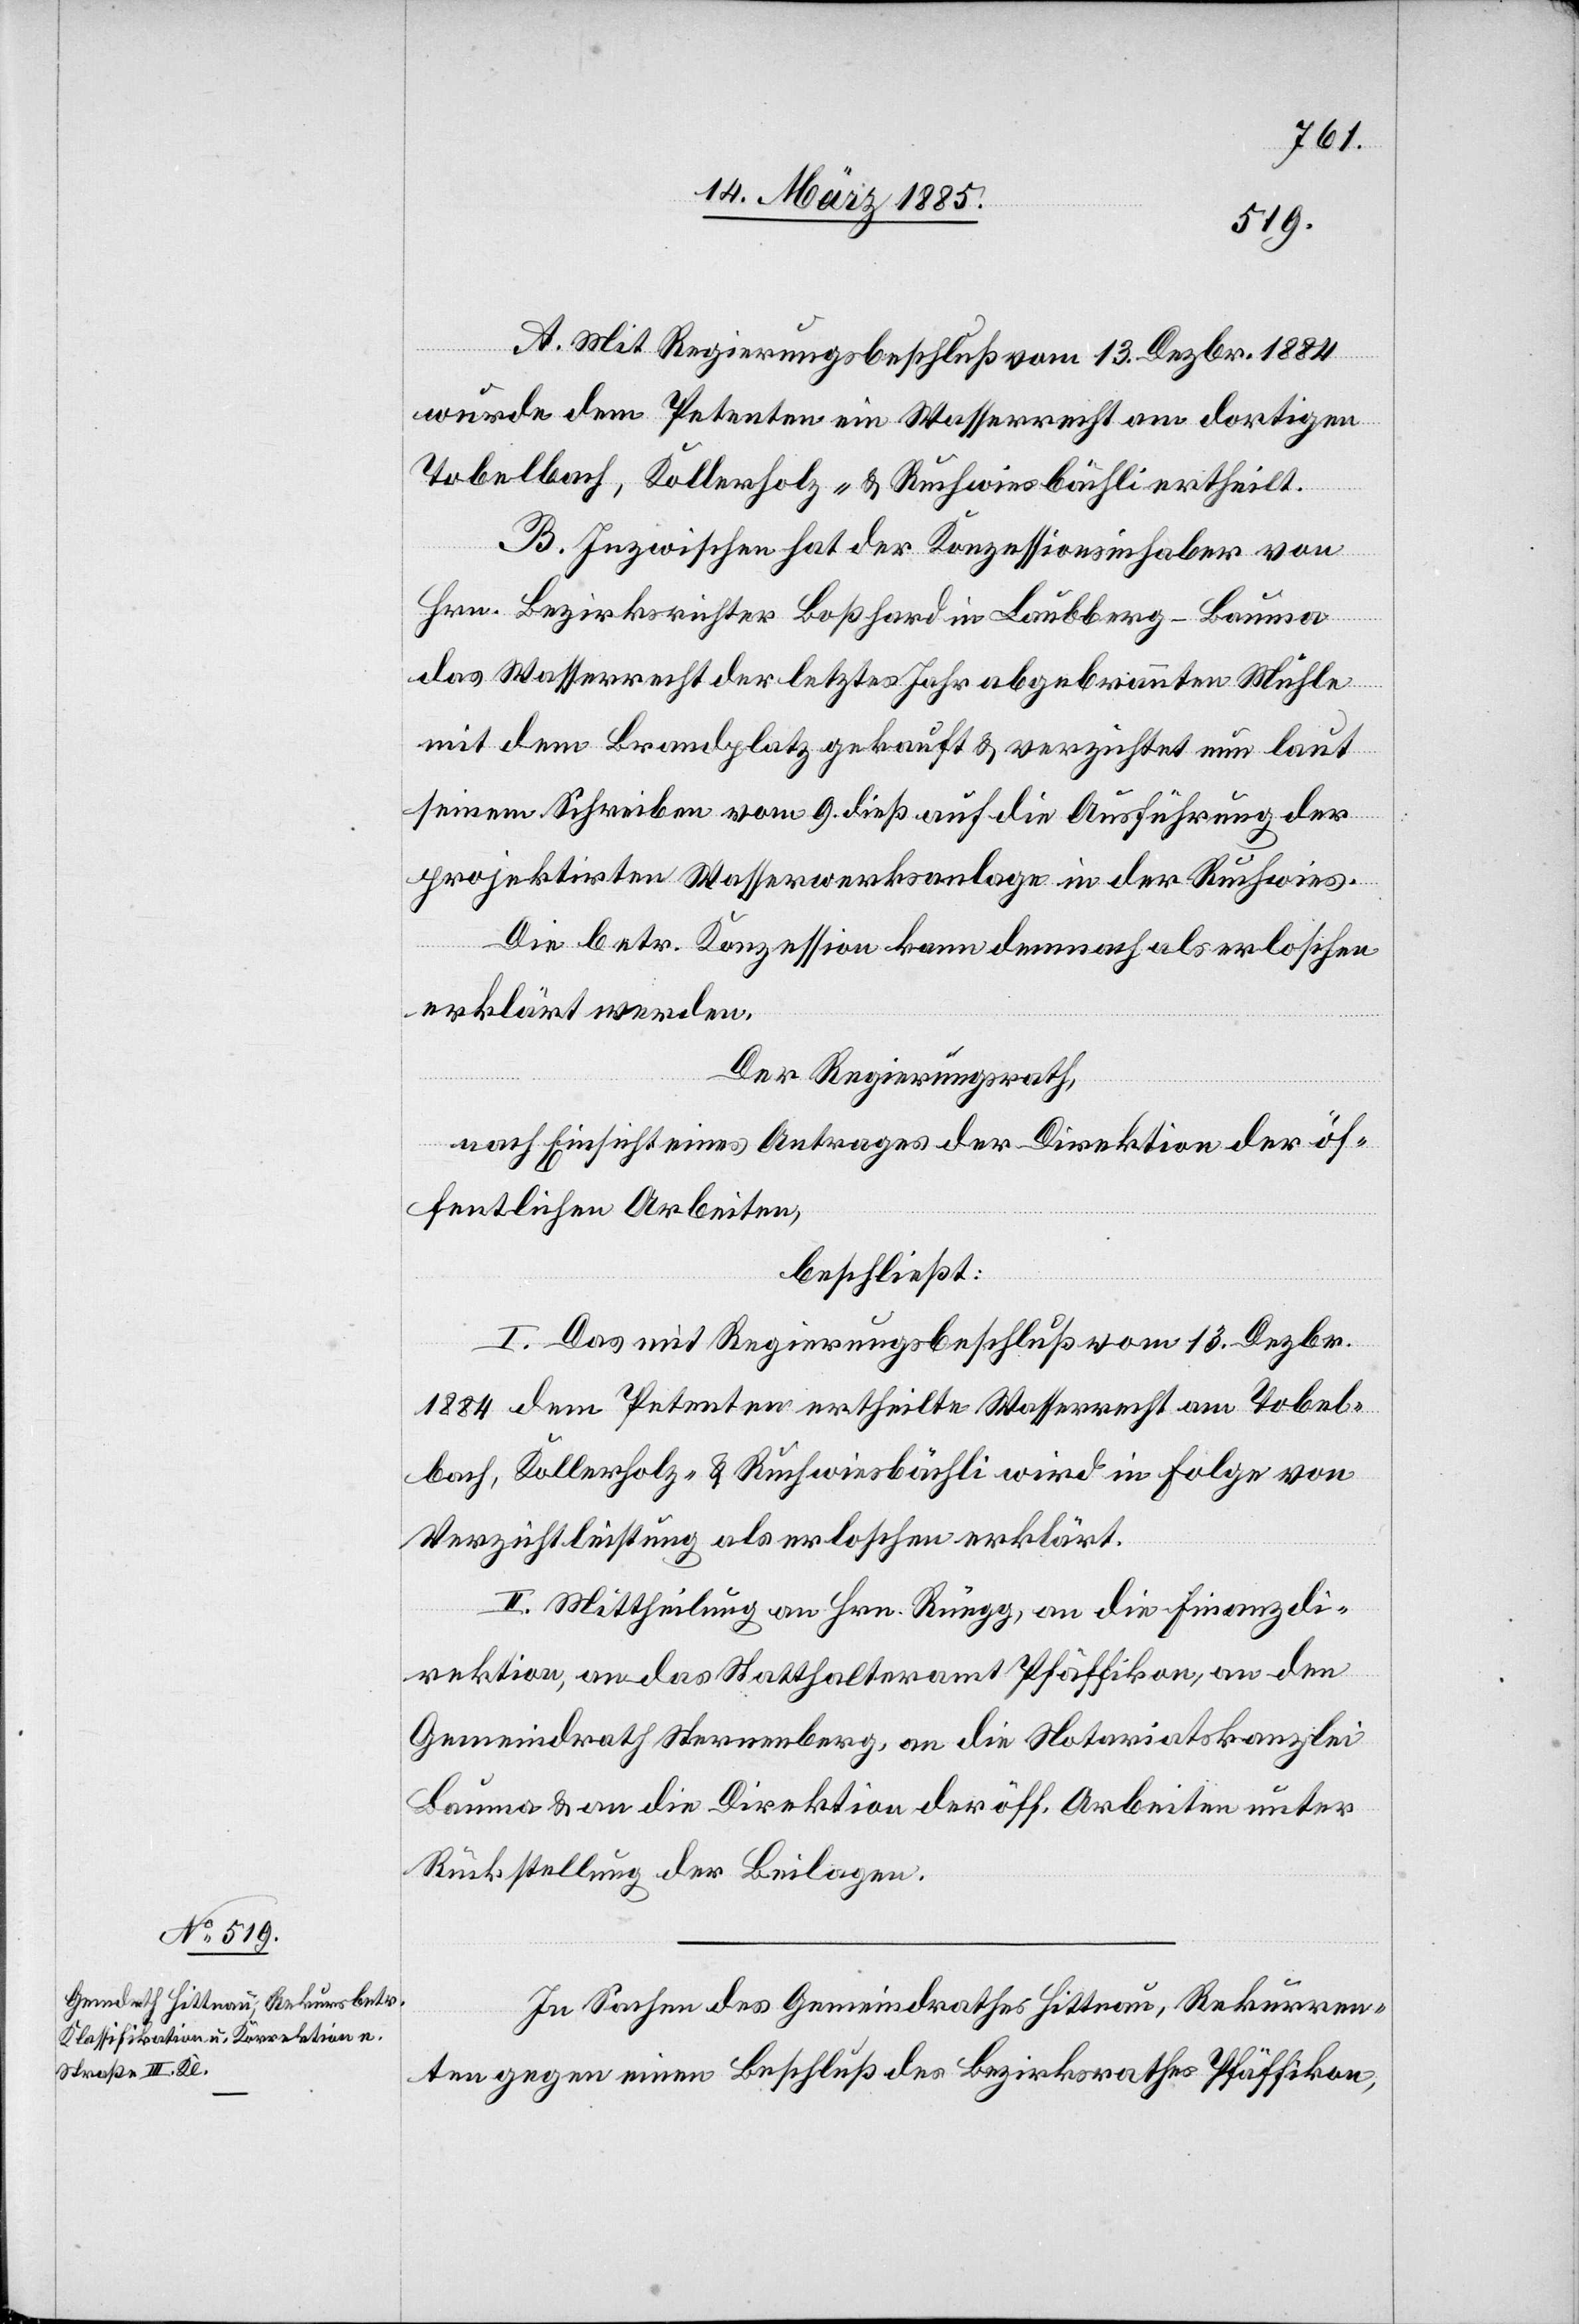
A. Mit Regierungsbeschluß vom 13. Dzbr. 1884
wurde dem Petenten ein Wasserrecht am dortigen
Tobelbach, Kollerholz- & Ruchwiesbächli ertheilt.
B. Inzwischen hat der Konzessionsinhaber von
Hrn. Bezirksrichter Boßhard in Laubberg - Bauma
das Wasserrecht der letztes Jahr abgebrannten Mühle
mit dem Brandplatz gekauft & verzichtet nun laut
seinem Schreiben vom 9. dieß auf die Ausführung der
projektirten Wasserwerksanlage in der Ruchwies.
Die betr. Konzession kann demnach als erloschen
erklärt werden.
Der Regierungsrath,
nach Einsicht eines Antrages der Direktion der öf¬
fentlichen Arbeiten,
beschließt:
I. Das mit Regierungsbeschluß vom 13. Dezbr.
1884 dem Petenten ertheilte Wasserrecht am Tobel¬
bach, Kollerholz- & Ruchwiesbächli wird in Folge von
Verzichtleistung als erloschen erklärt.
II. Mittheilung an Hrn. Rüegg, an die Finanzdi¬
rektion, an das Statthalteramt Pfäffikon, an den
Gemeindrath Sternenberg, an die Notariatskanzlei
Bauma & an die Direktion der öff. Arbeiten unter
Rückstellung der Beilagen.
In Sachen des Gemeindrathes Hittnau, Rekurren¬
ten gegen einen Beschluß der Bezirksrathes Pfäffikon,